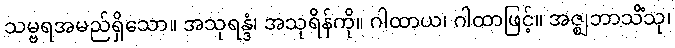
သမ္ဗရအမည်ရှိသော။ အသုရန္ဒံ၊ အသုရိန်ကို။ ဂါထာယ၊ ဂါထာဖြင့်။ အဇ္ဈဘာသိံသု၊